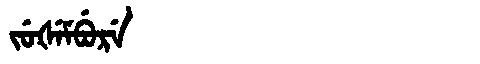
Manchu: ᠵᡠᡧᡝᠮᠪᡠᡵᡝ
Romanization: JUŠEMBURE